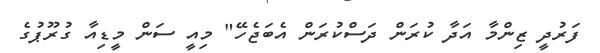
ފަރުދީ ޒިންމާ އަދާ ކުރަން ދަސްކުރަން އެބަޖެހޭ" މިއީ ސަން މީޑިއާ ގުރޫޕުގެ